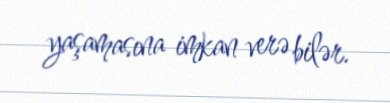
yaşamasına imkan verə bilər.